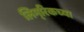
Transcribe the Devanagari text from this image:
लिम्‌रिकच्या